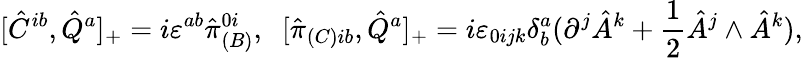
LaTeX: [\hat{C}^{ib},\hat{Q}^{a}]_{+}=i\varepsilon^{ab}\hat{\pi}_{(B)}^{0i},\; \; [\hat{\pi}_{(C)ib},\hat{Q}^{a}]_{+}=i\varepsilon_{0ijk}\delta_{b}^{a}(\partial^{j}\hat{A}^{k}+\frac{1}{2}\hat{A}^{j}\wedge\hat{A}^{k}),